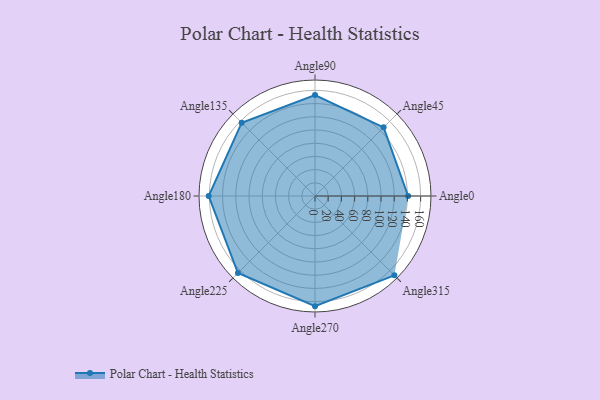
{"axis": {"x": "Angle", "y": "Radius"}, "legend": [""], "data": [{"x": "Angle0", "y": 141.0, "type": ""}, {"x": "Angle45", "y": 147.0, "type": ""}, {"x": "Angle90", "y": 153.0, "type": ""}, {"x": "Angle135", "y": 157.0, "type": ""}, {"x": "Angle180", "y": 161.0, "type": ""}, {"x": "Angle225", "y": 165.0, "type": ""}, {"x": "Angle270", "y": 167.0, "type": ""}, {"x": "Angle315", "y": 170, "type": ""}]}